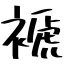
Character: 褫